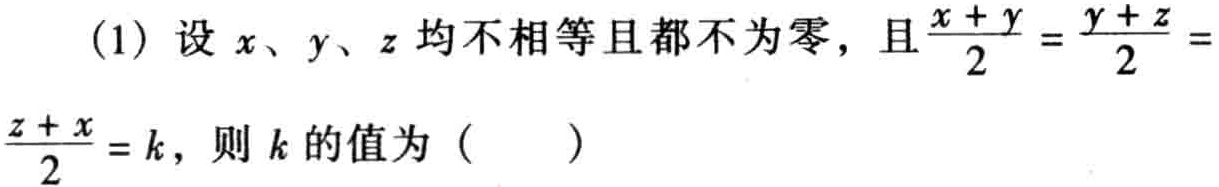
(1) 设 \(x、y、z\) 均不相等且都不为零，且 \(\frac{x + y}{2}=\frac{y + z}{2}=\frac{z + x}{2}=k\)，则 \(k\) 的值为（  ）